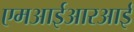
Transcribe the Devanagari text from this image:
एमआईआरआई